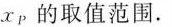
x_{p}的取值范围.